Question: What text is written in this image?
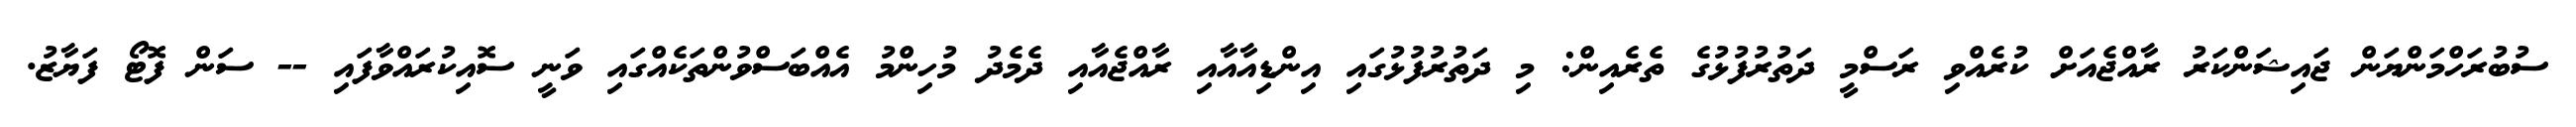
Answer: ސުބުރަހްމަންޔަން ޖައިޝަންކަރު ރާއްޖެއަށް ކުރެއްވި ރަސްމީ ދަތުރުފުޅުގެ ތެރެއިން: މި ދަތުރުފުޅުގައި އިންޑިއާއާއި ރާއްޖެއާއި ދެމެދު މުހިންމު އެއްބަސްވުންތަކެއްގައި ވަނީ ސޮއިކުރައްވާފައި -- ސަން ފޮޓޯ ފަޔާޒު.